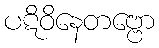
ပဋိဝိနေတဗ္ဗော